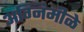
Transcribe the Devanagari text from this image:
अग्निमीळे